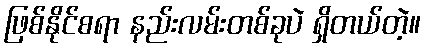
ဖြစ်နိုင်စရာ နည်းလမ်းတစ်ခုပဲ ရှိတယ်တဲ့။